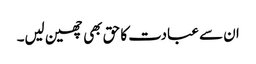
ان سے عبادت کا حق بھی چھین لیں۔